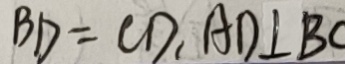
B D = C D , A D \bot B C